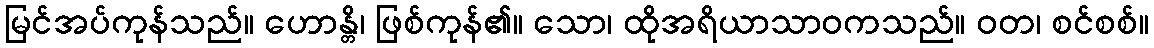
မြင်အပ်ကုန်သည်။ ဟောန္တိ၊ ဖြစ်ကုန်၏။ သော၊ ထိုအရိယာသာဝကသည်။ ဝတ၊ စင်စစ်။